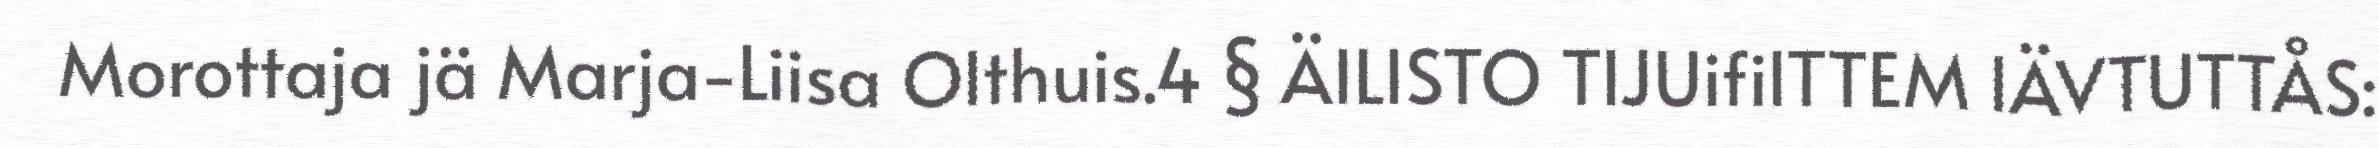
Morottaja jä Marja-Liisa Olthuis.4 § ÄILISTO TIJUifiITTEM IÄVTUTTÅS: